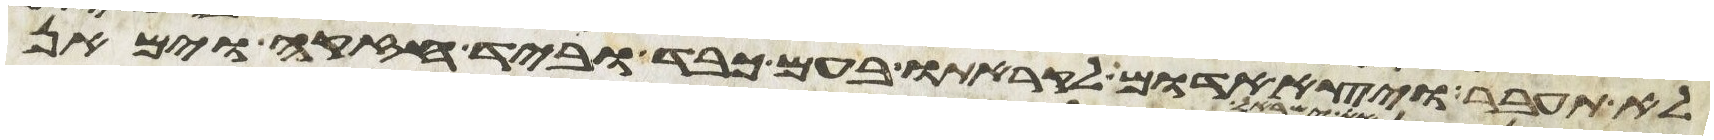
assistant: לא תעבר ויצא אדום לקראתו בעם כבד וביד חזקה וימאן